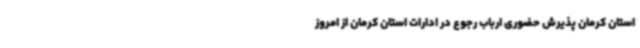
استان کرمان پذیرش حضوری ارباب رجوع در ادارات استان کرمان از امروز